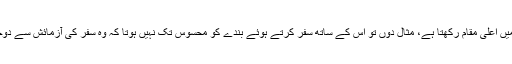
خدمت میں اعلیٰ مقام رکھتا ہے، مثال دوں تو اس کے ساتھ سفر کرتے ہوئے بندے کو محسوس تک نہیں ہوتا کہ وہ سفر کی آزمائش سے دوچار ہے۔